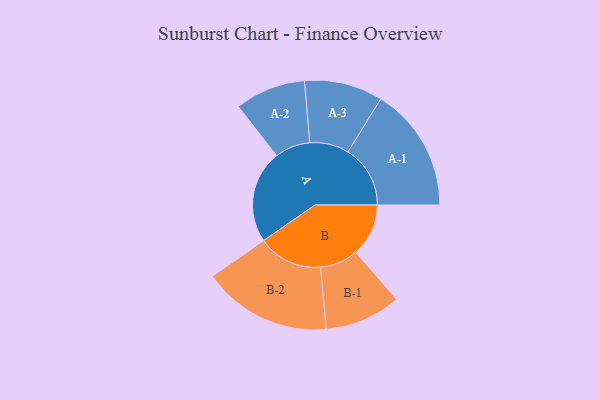
{"axis": {"x": "Segment", "y": "Value"}, "legend": ["", "A", "B"], "data": [{"x": "A", "y": 431, "type": ""}, {"x": "B", "y": 244, "type": ""}, {"x": "A-1", "y": 289, "type": "A"}, {"x": "A-2", "y": 164, "type": "A"}, {"x": "A-3", "y": 182, "type": "A"}, {"x": "B-1", "y": 177, "type": "B"}, {"x": "B-2", "y": 300, "type": "B"}]}